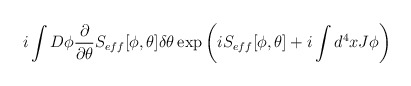
\begin{align*}i\int D\phi \frac{\partial }{\partial \theta }S_{eff}[\phi ,\theta ]\delta \theta \exp \left( iS_{eff}[\phi ,\theta ]+i\int d^{4}xJ\phi \right)\end{align*}